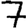
Digit: 7